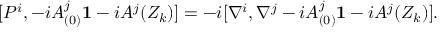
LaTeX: [ P ^ { i } , - i A _ { ( 0 ) } ^ { j } { \bf 1 } - i A ^ { j } ( Z _ { k } ) ] = - i [ \nabla ^ { i } , \nabla ^ { j } - i A _ { ( 0 ) } ^ { j } { \bf 1 } - i A ^ { j } ( Z _ { k } ) ] .